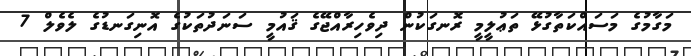
މަގާމުގެ މަސައްކަތާގުޅޭ ތަޢުލީމީ ރޮނގަކުން ދިވެހިރާއްޖޭގެ ޤައުމީ ސަނަދުތަކުގެ އޮނިގަނޑުގެ ލެވެލް 7